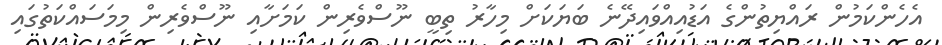
އެހެންކަމުން ރައްޔިތުންގެ އަޑުއިއްވައިދޭނެ ބަޔަކަށް މިހާރު ތިބީ ނޫސްވެރިން ކަމަށާއި ނޫސްވެރިން މިމަސައްކަތުގައި